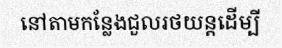
នៅតាមកន្លែងជួលរថយន្តដើម្បី